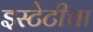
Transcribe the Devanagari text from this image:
इस्टेटीचा